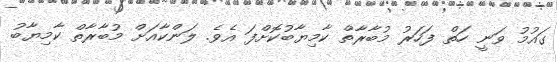
ގައުމު ވަނީ ހަތް ފަހަރު މުބާރާތް ކާމިޔާބުކޮށްފަ އެވެ. ލަންކާއަށް މުބާރާތް ކާމިޔާބު